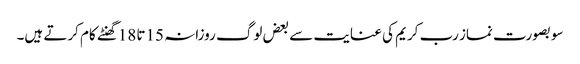
سو بصورت نماز رب کریم کی عنایت سے بعض لوگ روزانہ 15تا 18گھنٹے کام کرتے ہیں۔